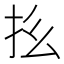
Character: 𪭞